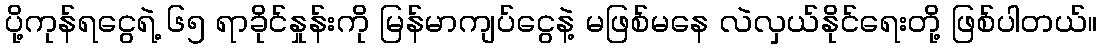
ပို့ကုန်ရငွေရဲ့ ၆၅ ရာခိုင်နှုန်းကို မြန်မာကျပ်ငွေနဲ့ မဖြစ်မနေ လဲလှယ်နိုင်ရေးတို့ ဖြစ်ပါတယ်။